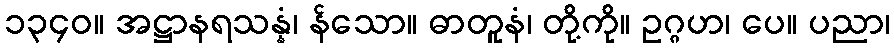
၁၃၄၀။ အဋ္ဌာနရသန္နံ၊ န်သော။ ဓာတူနံ၊ တို့ကို။ ဥဂ္ဂဟ၊ ပေ။ ပညာ၊